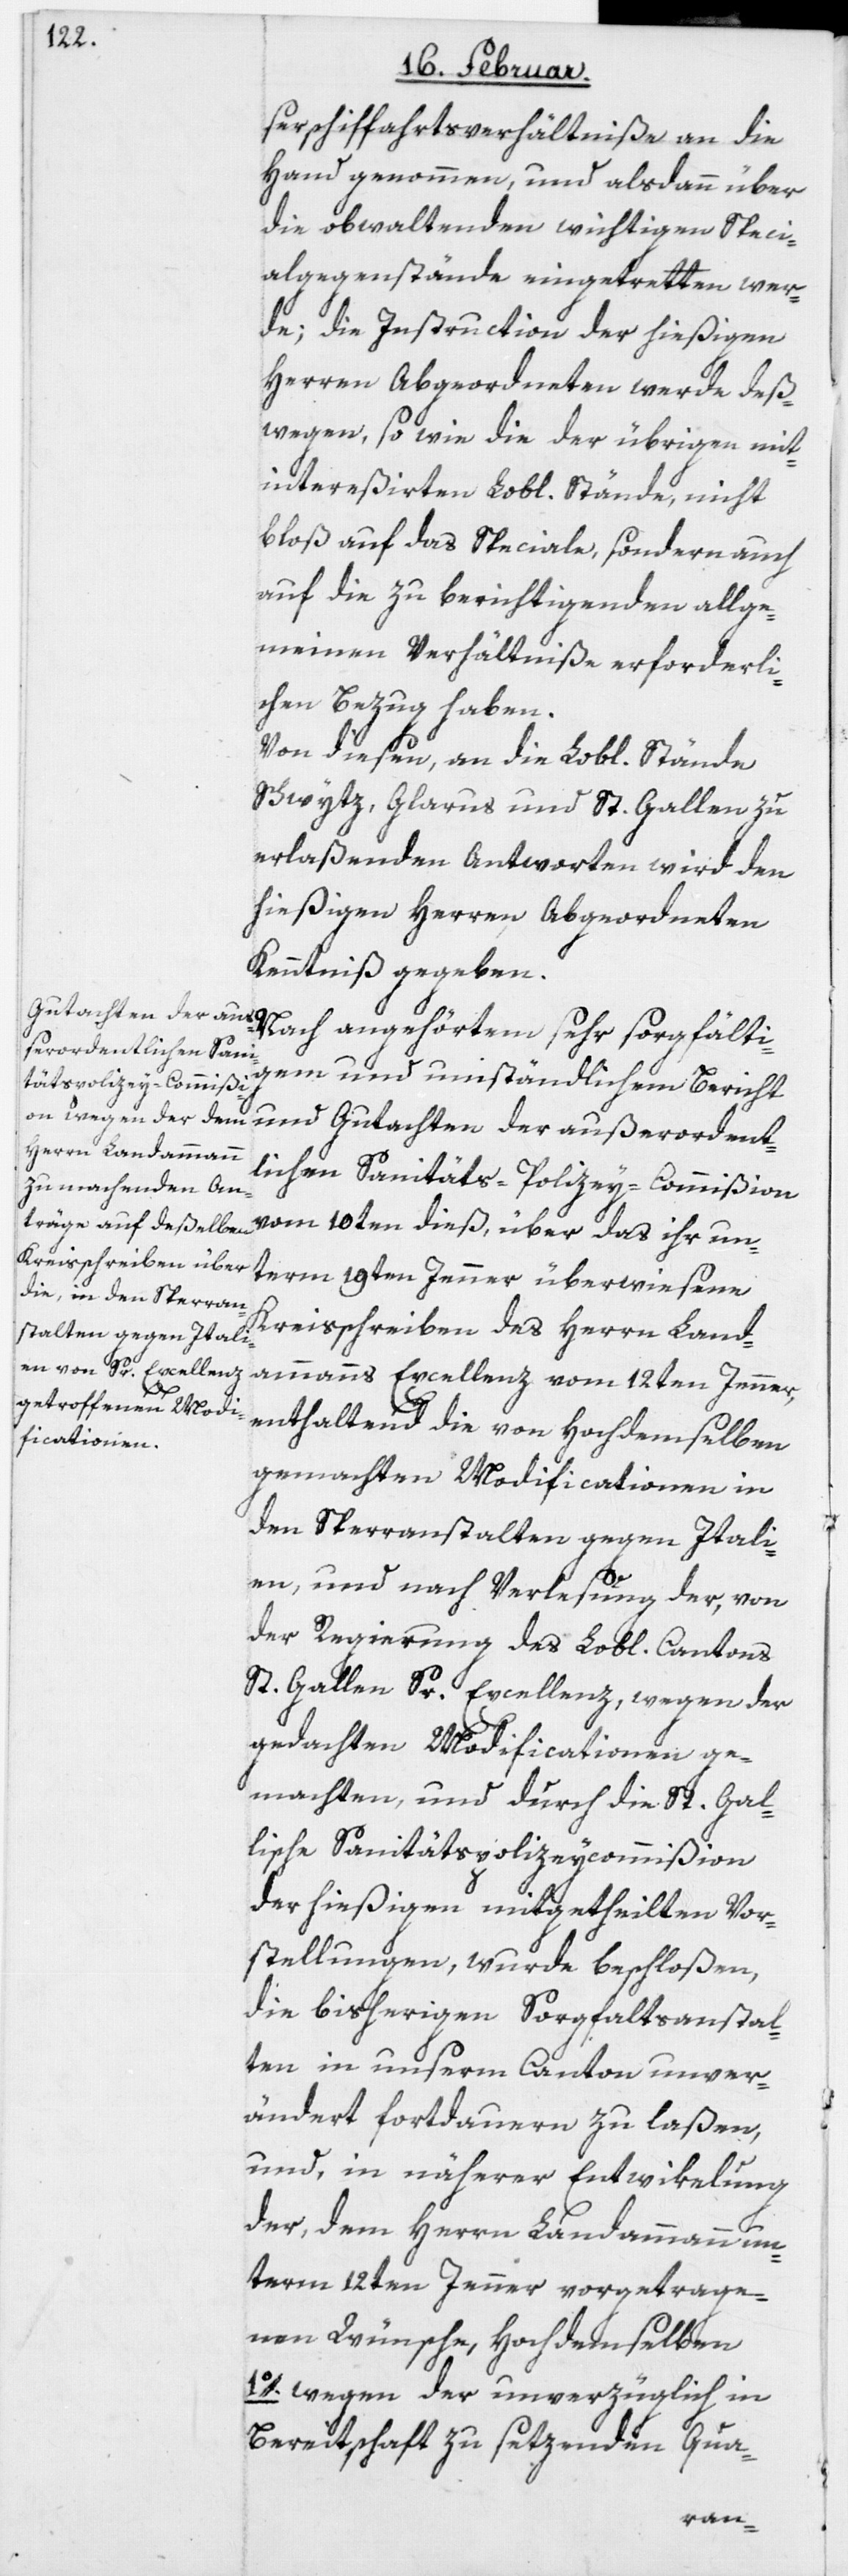
serschiffahrtsverhältniße an die
Hand genommen, und alsdann über
die obwaltenden wichtigen Speci¬
algegenstände eingetretten wer¬
de; die Instruction der hießigen
Herren Abgeordneten werde deß¬
wegen, so wie die der übrigen mit¬
intereßierten Lobl. Stände, nicht
bloß auf das Speciale, sondern auch
auf die zu berichtigenden allge¬
meinen Verhältniße erforderli¬
chen Bezug haben.
Von diesen, an die Lobl. Stände
Schwytz, Glarus und St. Gallen zu
erlaßenden Antworten wird den
hießigen Herren Abgeordneten
Kenntniß gegeben.
Gutachten der auß¬
Nach angehörtem sehr sorgfältig¬
erordentlichen Sani¬
em und umständlichem Bericht
täts-Polizey-Commißion
vom 10ten dieß, über das ihr un¬
term 19ten Jenner überwiesene
Kreisschreiben des Herrn Land¬
ammanns Excellenz vom 12ten Jenner,
enthaltend die von Hochdemselben
gemachten Modificationen in
den Sperranstalten gegen Itali¬
en, und nach Verlesung der, von
der Regierung des Lobl. Cantons
St. Gallen Sr. Excellenz, wegen der
gedachten Modificationen ge¬
machten, und durch die St. Gal¬
lische Sanitätspolizeycommißion
der hießigen mitgetheilten Vor¬
stellungen, wurde beschloßen,
die bisherigen Sorgfaltsanstal¬
ten in unserm Canton unver¬
ändert fortdauern zu laßen,
und in näherer Entwikelung
der, dem Herrn Landammann un¬
term 12ten Jenner vorgetrage¬
nen Wünsche, Hochdemselben
1o. wegen der unverzüglich in
Bereitschaft zu setzenden Qua-